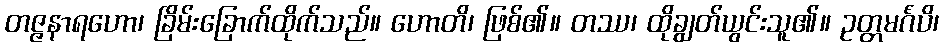
တဇ္ဇနာရဟော၊ ခြိမ်းခြောက်ထိုက်သည်။ ဟောတိ၊ ဖြစ်၏။ တဿ၊ ထိုချွတ်ယွင်းသူ၏။ ဥတ္တမင်္ဂံပိ၊